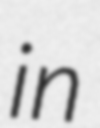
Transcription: in